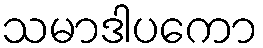
သမာဒါပကော